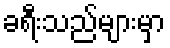
ခရီးသည်များမှာ